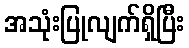
အသုံးပြုလျက်ရှိပြီး